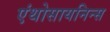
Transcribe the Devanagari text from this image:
एंथोसायनिन्स